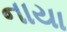
નાયા